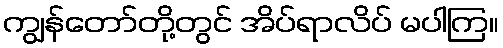
ကျွန်တော်တို့တွင် အိပ်ရာလိပ် မပါကြ။